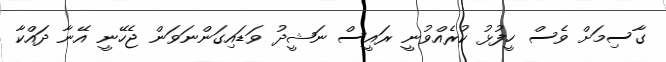
ގާސިމަށް ވެސް ހީފުޅު ކުރެއްވުނީ ރައީސް ނަޝީދު ވަޑައިގަންނަވަން ޖެހޭނީ އޭނާ ދައްކާ